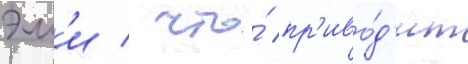
эм'и / что́ пр'иво́д'ит